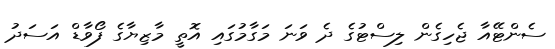
ސެންޓޭއާ ޖެހިގެން ލިސްޓުގެ ދެ ވަނަ މަގާމުގައި އޮތީ މާޒިޔާގެ ފޯވާޑް އަސަދު